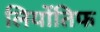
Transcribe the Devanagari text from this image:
लियोंतिफ